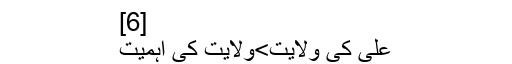
[6]
علی کی ولایت>ولایت کی اہمیت